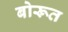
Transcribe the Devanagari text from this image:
बोरूत